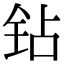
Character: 钻